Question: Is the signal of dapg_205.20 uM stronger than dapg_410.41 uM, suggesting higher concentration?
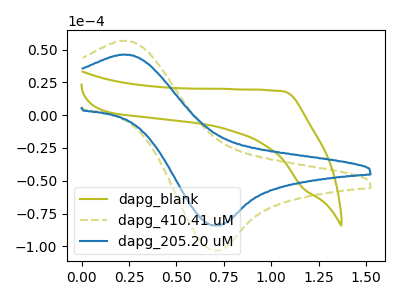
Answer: <think>The olive curve "dapg_blank" has no peaks. The olive dashed curve "dapg_410.41 uM" has an anodic peak at (0.20V, 56.75uA) and a cathodic peak at (0.70V, -103.35uA). The blue curve "dapg_205.20 uM" has an anodic peak at (0.20V, 46.20uA) and a cathodic peak at (0.70V, -84.20uA).
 All the peaks in "dapg_205.20 uM" have a peak in "dapg_410.41 uM" at the same potential. Every peak in "dapg_205.20 uM" is lower than every peak in "dapg_410.41 uM".</think>
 <answer>"dapg_205.20 uM" has less signal than "dapg_410.41 uM" and so likely has a lower concentration.</answer>
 <eval>less_concentration</eval>